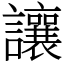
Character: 讓